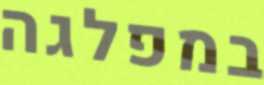
במפלגה